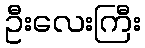
ဦးလေးကြီး